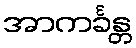
အာကင်္ခန္တ